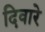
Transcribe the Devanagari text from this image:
दिवारे